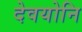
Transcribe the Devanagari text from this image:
देवयोनि